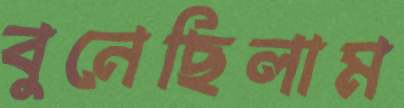
বুনেছিলাম